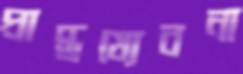
প্রাপ্তয্যেবনা